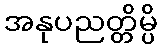
အနုပညတ္တိမ္ပိ